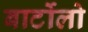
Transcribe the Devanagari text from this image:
बार्टोलो